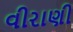
વીરાણી